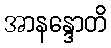
အာနန္ဒောတိ